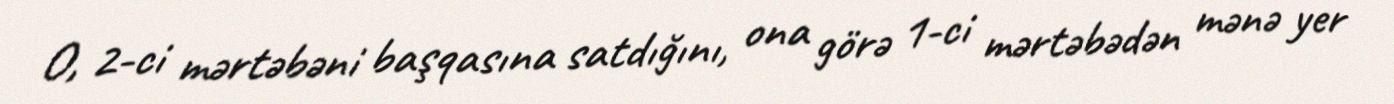
O, 2-ci mərtəbəni başqasına satdığını, ona görə 1-ci mərtəbədən mənə yer